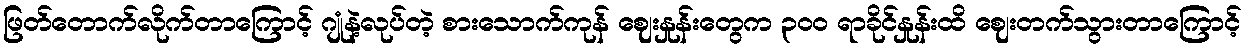
ဖြတ်တောက်လိုက်တာကြောင့် ဂျုံနဲ့လုပ်တဲ့ စားသောက်ကုန် ဈေးနှုန်းတွေက ၃၀၀ ရာခိုင်နှုန်းထိ ဈေးတက်သွားတာကြောင့်